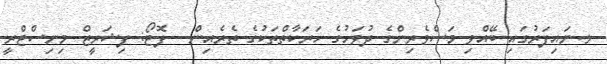
ޅ.ނައިފަރުގައި ބޭއްވި މަސްވެރިންގެ ދުވަހުގެ ހަރަކާތްތަކުގެ ތެރެއިން - ފޮޓޯ: ފިޝަރީޒް މިނިސްޓްރީ